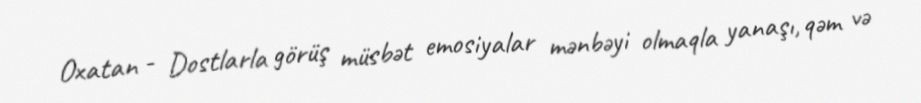
Oxatan - Dostlarla görüş müsbət emosiyalar mənbəyi olmaqla yanaşı, qəm və